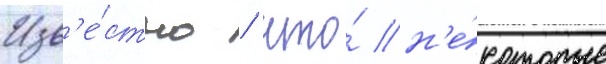
Изв'е́стно / что́ н'е́которые